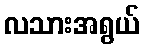
လသားအရွယ်